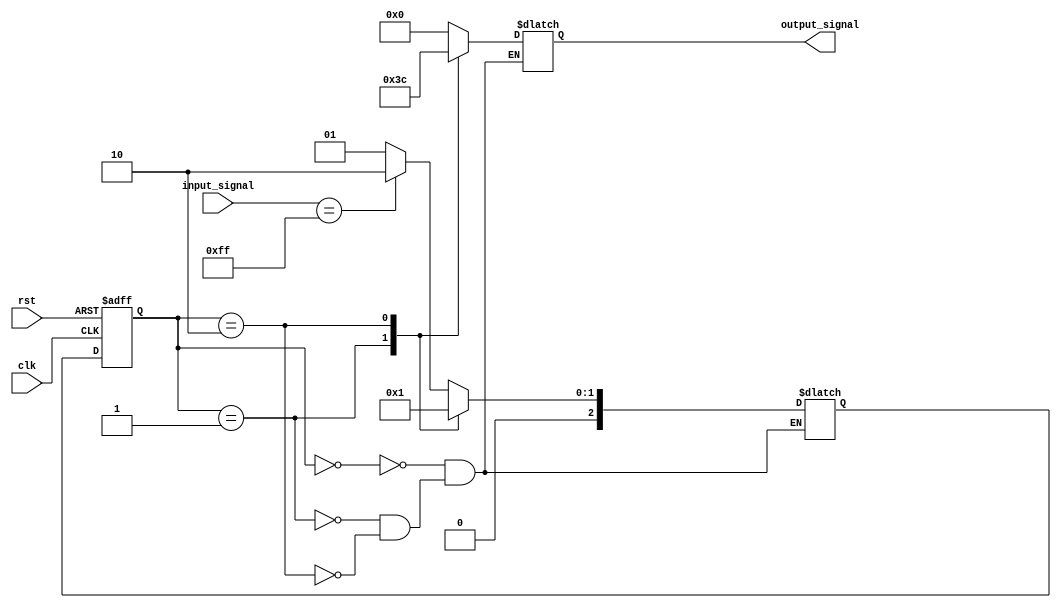
module mealy_state_machine (
    input wire clk,
    input wire rst,
    input wire [7:0] input_signal,
    output wire [3:0] output_signal
);

// state definition
parameter S0 = 3'b000;
parameter S1 = 3'b001;
parameter S2 = 3'b010;

// state registers
reg [2:0] current_state, next_state;

// output signals
reg [3:0] output_reg;

// state transition logic
always @ (posedge clk or posedge rst) begin
    if (rst) begin
        current_state <= S0;
    end else begin
        current_state <= next_state;
    end
end

// next state logic
always @ (*) begin
    case (current_state)
        S0: begin
            if (input_signal == 8'hFF)
                next_state = S2;
            else
                next_state = S1;
        end
        S1: begin
            next_state = S0;
        end
        S2: begin
            next_state = S1;
        end
    endcase
end

// output generation logic
always @ (*) begin
    case (current_state)
        S0: begin
            output_reg = 4'b0000;
        end
        S1: begin
            output_reg = 4'b0011;
        end
        S2: begin
            output_reg = 4'b1100;
        end
    endcase
end

assign output_signal = output_reg;

endmodule